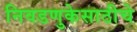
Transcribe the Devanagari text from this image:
निवडणुकेसाठीचे